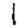
Digit: 1